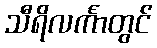
သီရိလင်္ကာတွင်